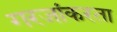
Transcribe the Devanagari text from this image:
गरजांकरता